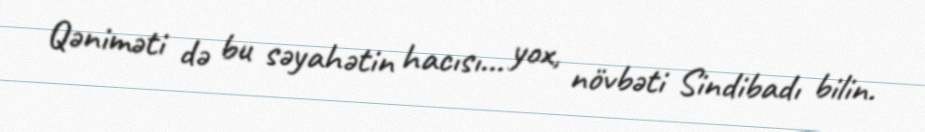
Qəniməti də bu səyahətin hacısı... yox, növbəti Sindibadı bilin.